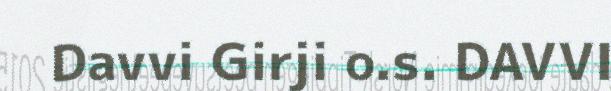
Davvi Girji o.s. DAVVI